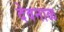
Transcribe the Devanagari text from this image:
देवनाळ